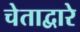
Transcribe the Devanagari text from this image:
चेताद्वारे